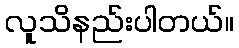
လူသိနည်းပါတယ်။